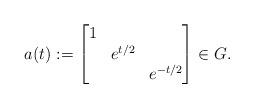
LaTeX: \begin{align*} a(t) := \begin{bmatrix} 1 & & \\ & e^{t/2} & \\ & & e^{-t/2} \end{bmatrix} \in G.\end{align*}